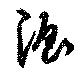
渥